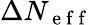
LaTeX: \Delta N_{\mathrm{~e~f~f~}}